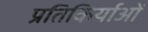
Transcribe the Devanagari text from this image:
प्रतिकिर्याओं